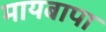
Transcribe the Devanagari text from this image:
मायबापा